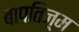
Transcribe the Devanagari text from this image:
बापतिज़्म